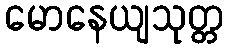
မောနေယျသုတ္တ